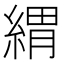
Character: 緭